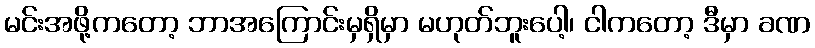
မင်းအဖို့ကတော့ ဘာအကြောင်းမှရှိမှာ မဟုတ်ဘူးပေါ့၊ ငါကတော့ ဒီမှာ ခဏ